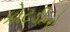
કોટડીનો